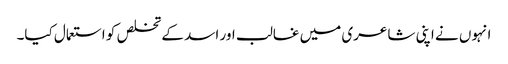
انہوں نے اپنی شاعری میں غالب اور اسد کے تخلص کو استعمال کیا۔